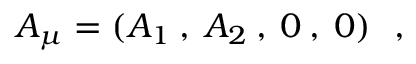
A _ { \mu } = ( A _ { 1 } \: , \: A _ { 2 } \: , \: 0 \: , \: 0 ) ~ ~ ,